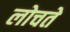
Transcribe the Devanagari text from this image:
लोचते